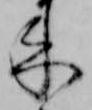
来